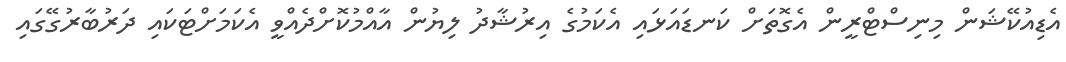
އެޑިއުކޭޝަން މިނިސްޓްރީން އެގޮތަށް ކަނޑައަޅައި އެކަމުގެ އިރުޝާދު ލިޔުން އާއްމުކޮށްދެއްވީ އެކަމަށްޓަކައި ދަރުބާރުގޭގައި